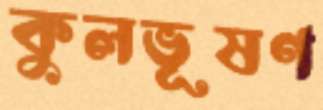
কুলভূষণ